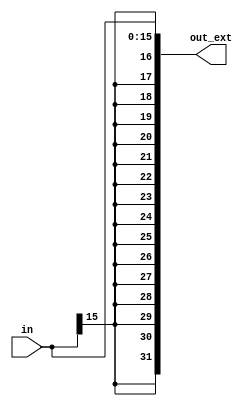
module signext(input  [15:0] in,
               output [31:0] out_ext);
              
  assign out_ext = {{16{in[15]}}, in};
endmodule